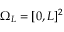
\Omega _ { L } = [ 0 , L ] ^ { 2 }